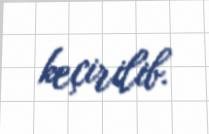
keçirilib.